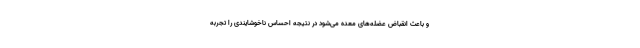
و باعث انقباض عضله‌های معده می‌شود در نتیجه احساس ناخوشایندی را تجربه